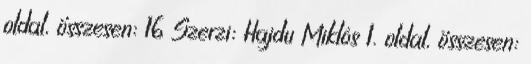
oldal, összesen: 16 Szerzı: Hajdu Miklós 1. oldal, összesen: